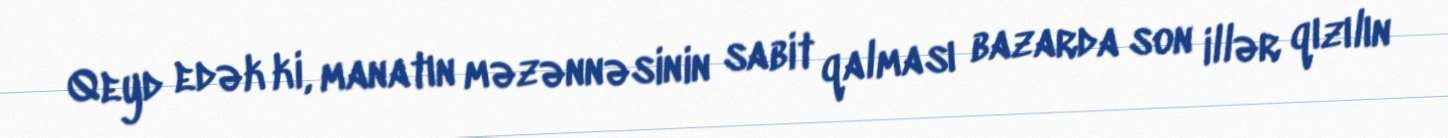
Qeyd edək ki, manatın məzənnəsinin sabit qalması bazarda son illər qızılın